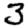
Digit: 3